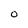
Character: 0